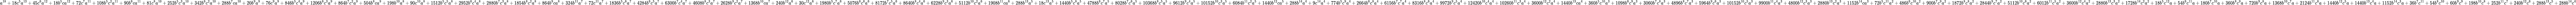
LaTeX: a^{18}+18c^{5}a^{13}+45c^{6}a^{12}+18b^{5}ca^{12}+72c^{7}a^{11}+108b^{5}c^{2}a^{11}+90b^{6}ca^{11}+81c^{8}a^{10}+252b^{5}c^{3}a^{10}+342b^{6}c^{2}a^{10}+288b^{7}ca^{10}+20b^{9}a^{9}+76c^{9}a^{9}+846b^{5}c^{4}a^{9}+1206b^{6}c^{3}a^{9}+864b^{7}c^{2}a^{9}+504b^{8}ca^{9}+198b^{10}a^{8}+90c^{10}a^{8}+1512b^{5}c^{5}a^{8}+2952b^{6}c^{4}a^{8}+2880b^{7}c^{3}a^{8}+1854b^{8}c^{2}a^{8}+864b^{9}ca^{8}+324b^{11}a^{7}+72c^{11}a^{7}+1836b^{5}c^{6}a^{7}+4284b^{6}c^{5}a^{7}+6300b^{7}c^{4}a^{7}+4608b^{8}c^{3}a^{7}+2628b^{9}c^{2}a^{7}+1368b^{10}ca^{7}+240b^{12}a^{6}+30c^{12}a^{6}+1980b^{5}c^{7}a^{6}+5076b^{6}c^{6}a^{6}+8172b^{7}c^{5}a^{6}+8640b^{8}c^{4}a^{6}+6228b^{9}c^{3}a^{6}+5112b^{10}c^{2}a^{6}+1908b^{11}ca^{6}+288b^{13}a^{5}+18c^{13}a^{5}+1440b^{5}c^{8}a^{5}+4788b^{6}c^{7}a^{5}+8028b^{7}c^{6}a^{5}+10368b^{8}c^{5}a^{5}+9612b^{9}c^{4}a^{5}+10152b^{10}c^{3}a^{5}+6084b^{11}c^{2}a^{5}+1440b^{12}ca^{5}+288b^{14}a^{4}+9c^{14}a^{4}+774b^{5}c^{9}a^{4}+2664b^{6}c^{8}a^{4}+6156b^{7}c^{7}a^{4}+8316b^{8}c^{6}a^{4}+9972b^{9}c^{5}a^{4}+12420b^{10}c^{4}a^{4}+10260b^{11}c^{3}a^{4}+3600b^{12}c^{2}a^{4}+1440b^{13}ca^{4}+360b^{5}c^{10}a^{3}+1098b^{6}c^{9}a^{3}+3060b^{7}c^{8}a^{3}+4896b^{8}c^{7}a^{3}+5964b^{9}c^{6}a^{3}+10152b^{10}c^{5}a^{3}+9900b^{11}c^{4}a^{3}+4800b^{12}c^{3}a^{3}+2880b^{13}c^{2}a^{3}+1152b^{14}ca^{3}+72b^{5}c^{11}a^{2}+486b^{6}c^{10}a^{2}+900b^{7}c^{9}a^{2}+1872b^{8}c^{8}a^{2}+2844b^{9}c^{7}a^{2}+5112b^{10}c^{6}a^{2}+6012b^{11}c^{5}a^{2}+3600b^{12}c^{4}a^{2}+2880b^{13}c^{3}a^{2}+1728b^{14}c^{2}a^{2}+18b^{5}c^{12}a+54b^{6}c^{11}a+180b^{7}c^{10}a+360b^{8}c^{9}a+720b^{9}c^{8}a+1368b^{10}c^{7}a+2124b^{11}c^{6}a+1440b^{12}c^{5}a+1440b^{13}c^{4}a+1152b^{14}c^{3}a+36b^{7}c^{11}+54b^{8}c^{10}+60b^{9}c^{9}+198b^{10}c^{8}+252b^{11}c^{7}+240b^{12}c^{6}+288b^{13}c^{5}+288b^{14}c^{4}